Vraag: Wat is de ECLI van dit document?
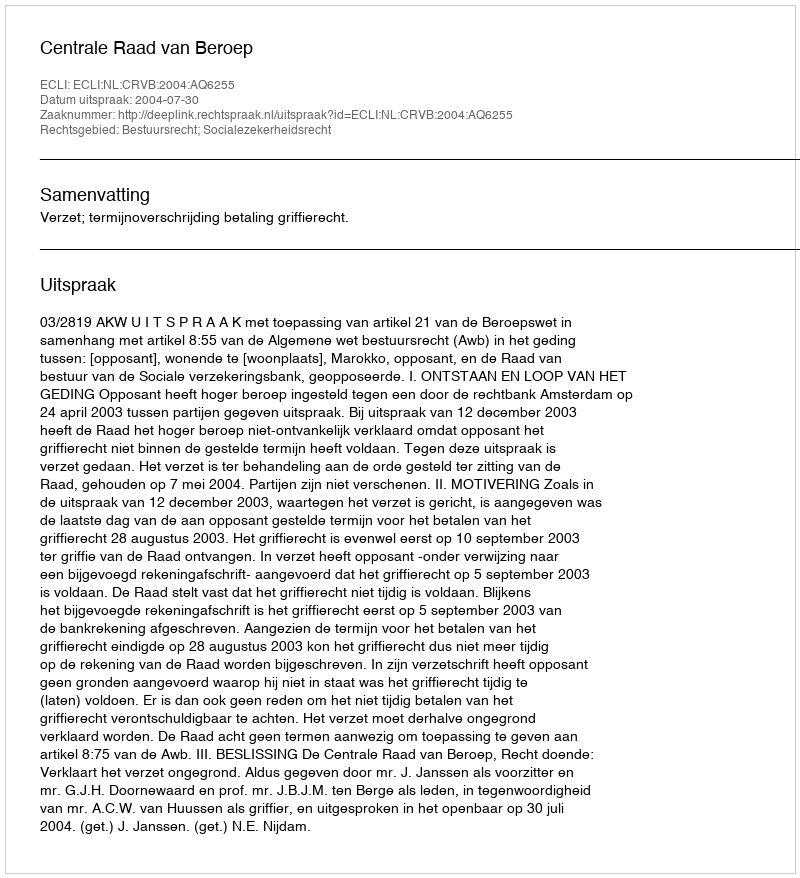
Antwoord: ECLI:NL:CRVB:2004:AQ6255